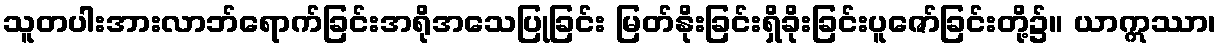
သူတပါးအားလာဘ်ရောက်ခြင်းအရိုအသေပြုခြင်း မြတ်နိုးခြင်းရှိခိုးခြင်းပူဇော်ခြင်းတို့၌။ ယာဣဿာ၊